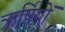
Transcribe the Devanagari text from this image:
ऋर्षियों